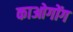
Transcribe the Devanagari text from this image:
काओगोंग